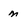
Character: m